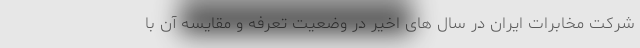
شرکت مخابرات ایران در سال های اخیر در وضعیت تعرفه و مقایسه آن با